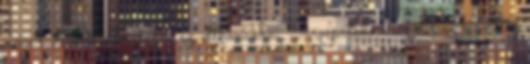
nem tudtak továbbutazni az otthonukba. Sárospatakon a védelmi bizottság